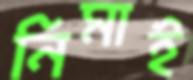
নিমাই